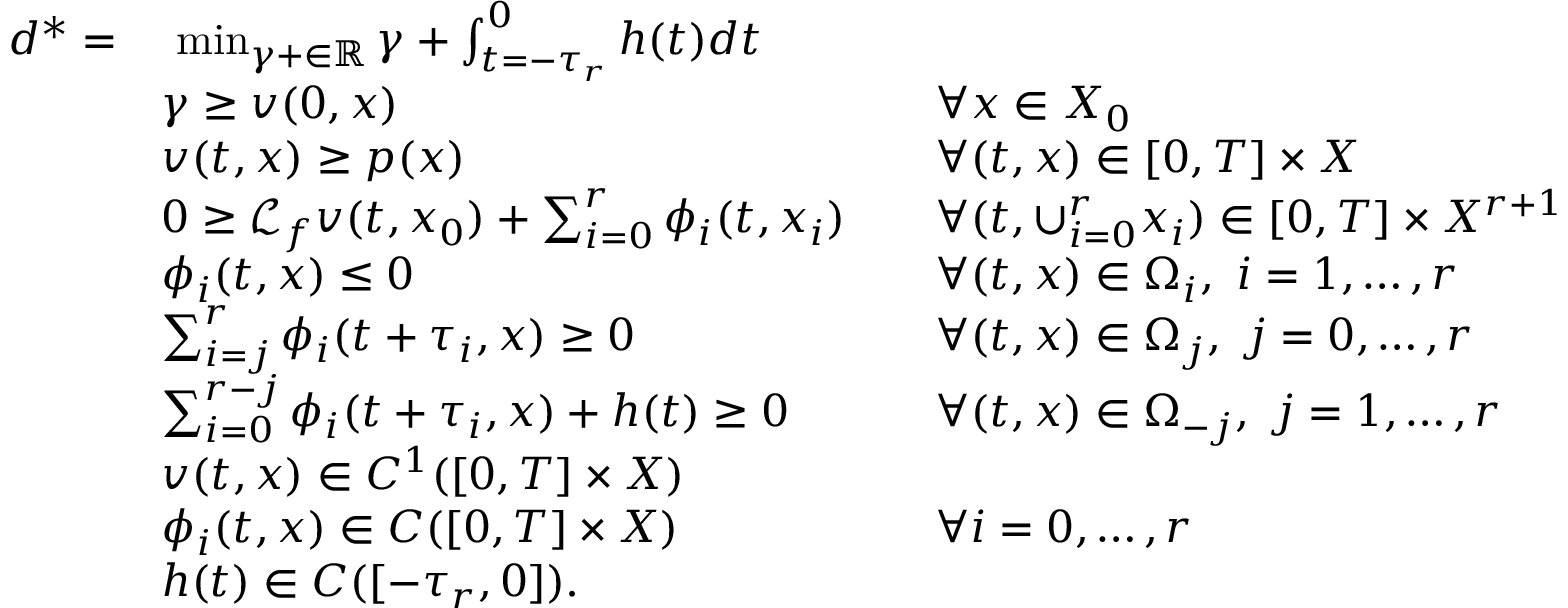
\begin{array} { r l r l } { d ^ { * } = } & { \ \operatorname* { m i n } _ { \gamma + \in \mathbb { R } } \gamma + \textstyle \int _ { t = - \tau _ { r } } ^ { 0 } h ( t ) d t } & & { } \\ & { \gamma \geq v ( 0 , x ) } & & { \forall x \in X _ { 0 } } \\ & { v ( t , x ) \geq p ( x ) } & & { \forall ( t , x ) \in [ 0 , T ] \times X } \\ & { 0 \geq \mathcal { L } _ { f } v ( t , x _ { 0 } ) + \textstyle \sum _ { i = 0 } ^ { r } \phi _ { i } ( t , x _ { i } ) } & & { \forall ( t , \cup _ { i = 0 } ^ { r } x _ { i } ) \in [ 0 , T ] \times X ^ { r + 1 } } \\ & { \phi _ { i } ( t , x ) \leq 0 } & & { \forall ( t , x ) \in \Omega _ { i } , \ i = 1 , \ldots , r } \\ & { \textstyle \sum _ { i = j } ^ { r } \phi _ { i } ( t + \tau _ { i } , x ) \geq 0 } & & { \forall ( t , x ) \in \Omega _ { j } , \ j = 0 , \ldots , r } \\ & { \textstyle \sum _ { i = 0 } ^ { r - j } \phi _ { i } ( t + \tau _ { i } , x ) + h ( t ) \geq 0 } & & { \forall ( t , x ) \in \Omega _ { - j } , \ j = 1 , \ldots , r } \\ & { v ( t , x ) \in C ^ { 1 } ( [ 0 , T ] \times X ) } & & { } \\ & { \phi _ { i } ( t , x ) \in C ( [ 0 , T ] \times X ) } & & { \forall i = 0 , \ldots , r } \\ & { h ( t ) \in C ( [ - \tau _ { r } , 0 ] ) . } \end{array}